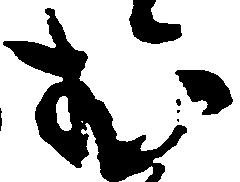
む